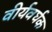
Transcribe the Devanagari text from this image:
वीर्यवर्घक